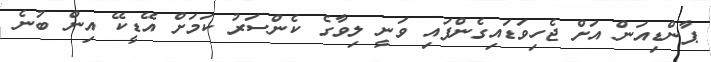
ޕާންޑިއަން އަށް ޖެހިވަޑައިގެންފައި ވަނީ ލިވާގެ ކެންސަރު ކަމަށް އޭޑީކޭ އިން ބުނެ